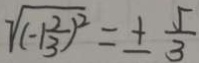
\sqrt { ( - 1 \frac { 2 } { 3 } ) ^ { 2 } } = \pm \frac { 5 } { 3 }